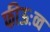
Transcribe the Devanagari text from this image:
फीऊःव्व